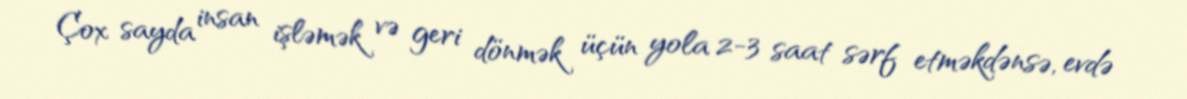
Çox sayda insan işləmək və geri dönmək üçün yola 2-3 saat sərf etməkdənsə, evdə